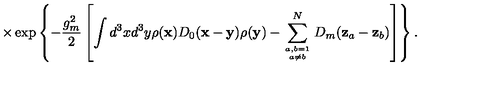
\times \exp \left\{ - \frac { g _ { m } ^ { 2 } } { 2 } \left[ \int d ^ { 3 } x d ^ { 3 } y \rho ( { \bf x } ) D _ { 0 } ( { \bf x } - { \bf y } ) \rho ( { \bf y } ) - \sum _ { { a , b = 1 \atop a \ne b } } ^ { N } D _ { m } ( { \bf z } _ { a } - { \bf z } _ { b } ) \right] \right\} .